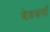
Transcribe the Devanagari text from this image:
बेडरूमों